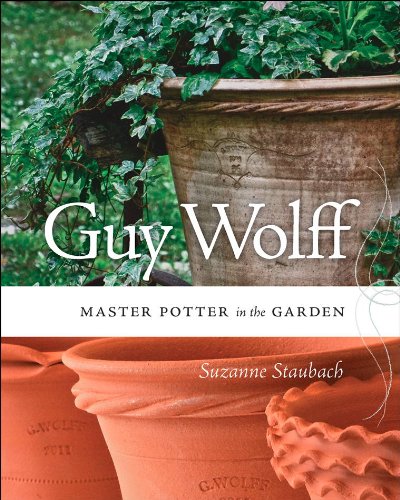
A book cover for Guy Wolff: Master Potter in the Garden; Suzanne Staubach; Crafts, Hobbies & Home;